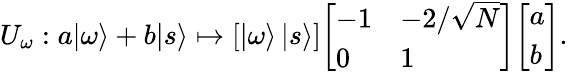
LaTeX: U_{\omega}:a|\omega\rangle+b|s\rangle\mapsto[|\omega\rangle\, |s\rangle]{\left[\begin{array}{ll}{-1}&{-2/{\sqrt{N}}}\\ {0}&{1}\end{array}\right]}{\left[\begin{array}{l}{a}\\ {b}\end{array}\right]}.